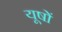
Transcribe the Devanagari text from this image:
यूषों